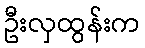
ဦးလှထွန်းက